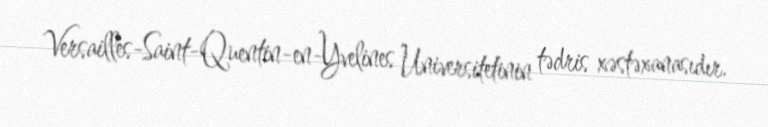
Versailles-Saint-Quentin-en-Yvelines Universitetinin tədris xəstəxanasıdır.